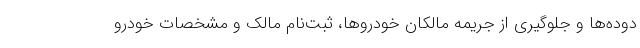
دوده‌ها و جلوگیری از جریمه مالکان خودروها، ثبت‌نام مالک و مشخصات خودرو